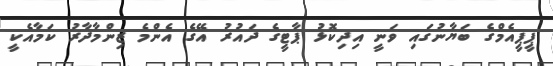
ޕީޕީއެމްގެ ބަޔާނުގައި ވަނީ އިދިކޮޅު ޕާޓީގެ ދައުރު އޭގެ އެންމެ ޒިންމާދާރު ކަމާއެކީ